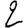
Digit: 2